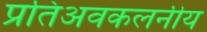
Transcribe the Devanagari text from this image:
प्रतिअवकलनीय